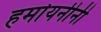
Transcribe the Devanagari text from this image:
हर्मायनीनी